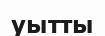
уытты